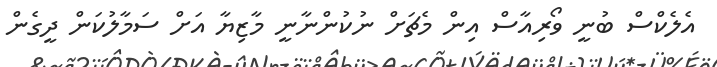
އެލެކްސް ބުނީ ވޯރިއާސް އިން މެޗަށް ނުކުންނާނީ މާޒިޔާ އަށް ސަމާލުކަން ދީގެން